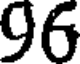
96